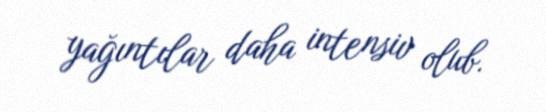
yağıntılar daha intensiv olub.